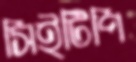
সিইটিপি